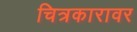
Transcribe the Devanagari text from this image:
चित्रकारावर